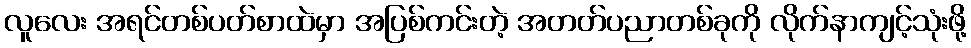
လူလေး အရင်တစ်ပတ်စာထဲမှာ အပြစ်ကင်းတဲ့ အတတ်ပညာတစ်ခုကို လိုက်နာကျင့်သုံးဖို့